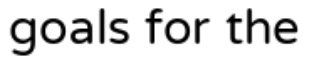
goals for the